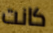
كانت